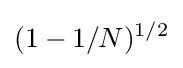
(1-1/N)^{1/2}